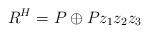
LaTeX: \begin{align*} R^H=P\oplus Pz_1z_2z_3\end{align*}